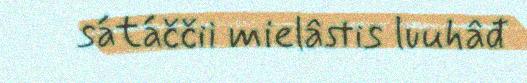
sátáččii mielâstis luuhâđ